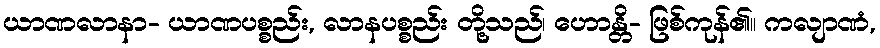
ယာဏလာနာ- ယာဏပစ္စည်း, လာနပစ္စည်း တို့သည်၊ ဟောန္တိ- ဖြစ်ကုန်၏။ ကလျာဏံ,